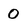
Character: O